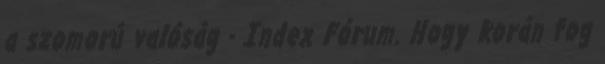
a szomorú valóság - Index Fórum. Hogy korán fog